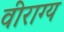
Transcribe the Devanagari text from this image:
वीराग्य